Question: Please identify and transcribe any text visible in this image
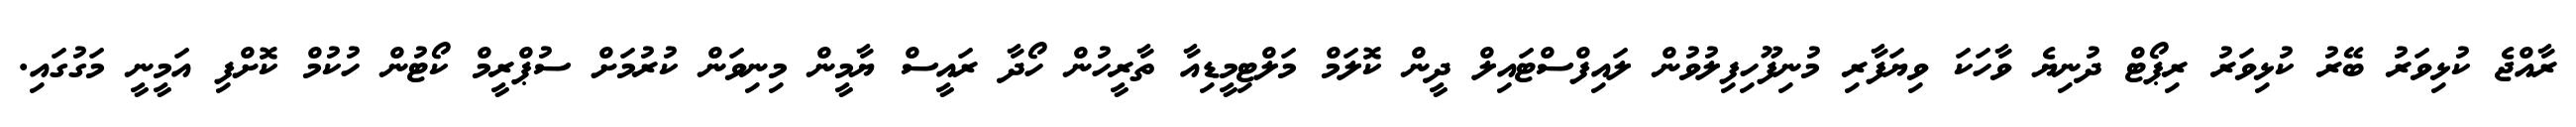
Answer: ރާއްޖެ ކުޅިވަރު ބޭރު ކުޅިވަރު ރިޕޯޓް ދުނިޔެ ވާހަކަ ވިޔަފާރި މުނިފޫހިފިލުވުން ލައިފްސްޓައިލް ދީން ކޮލަމް މަލްޓިމީޑިއާ ތާރީހުން ހޯދާ ރައީސް ޔާމީން މިނިވަން ކުރުމަށް ސުޕްރީމް ކޯޓުން ހުކުމް ކޮށްފި އަމީނީ މަގުގައި.